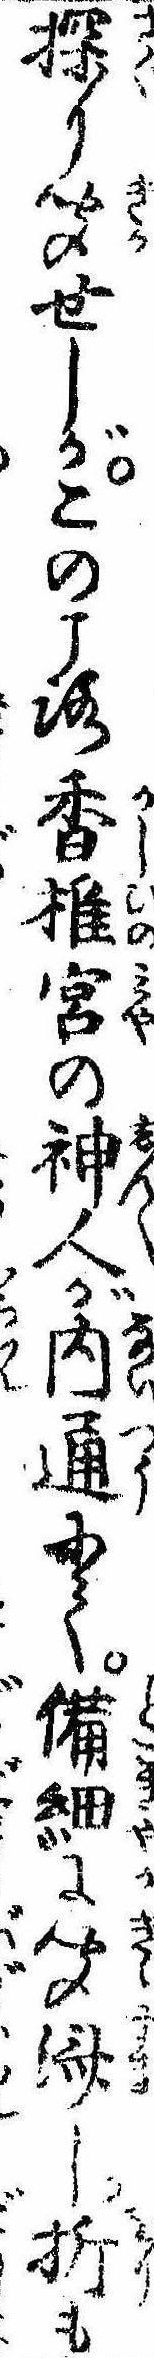
探り聞せしがこのころ香椎宮の神人が内通にて備細に聞済し折も